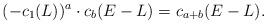
LaTeX: \begin{align*} (-c_1(L))^a\cdot c_b(E-L) = c_{a+b}(E-L).\end{align*}